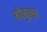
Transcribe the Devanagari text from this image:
गोबुल्स